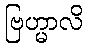
ဗြဟ္မာလိ